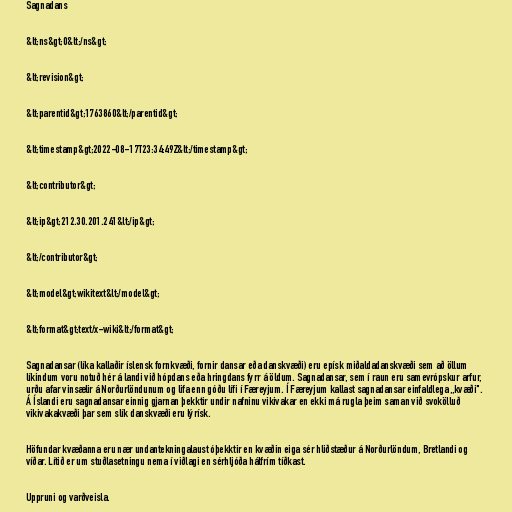
Sagnadans

&lt;ns&gt;0&lt;/ns&gt;

&lt;revision&gt;

&lt;parentid&gt;1763860&lt;/parentid&gt;

&lt;timestamp&gt;2022-08-17T23:34:49Z&lt;/timestamp&gt;

&lt;contributor&gt;

&lt;ip&gt;212.30.201.241&lt;/ip&gt;

&lt;/contributor&gt;

&lt;model&gt;wikitext&lt;/model&gt;

&lt;format&gt;text/x-wiki&lt;/format&gt;

Sagnadansar (líka kallaðir íslensk fornkvæði, fornir dansar eða danskvæði) eru epísk miðaldadanskvæði sem að öllum
líkindum voru notuð hér á landi við hópdans eða hringdans fyrr á öldum. Sagnadansar, sem í raun eru samevrópskur arfur,
urðu afar vinsælir á Norðurlöndunum og lifa enn góðu lífi í Færeyjum. Í Færeyjum kallast sagnadansar einfaldlega „kvæði".
Á Íslandi eru sagnadansar einnig gjarnan þekktir undir nafninu vikivakar en ekki má rugla þeim saman við svokölluð
vikivakakvæði þar sem slík danskvæði eru lýrísk.

Höfundar kvæðanna eru nær undantekningalaust óþekktir en kvæðin eiga sér hliðstæður á Norðurlöndum, Bretlandi og
víðar. Lítið er um stuðlasetningu nema í viðlagi en sérhljóða hálfrím tíðkast.

Uppruni og varðveisla.